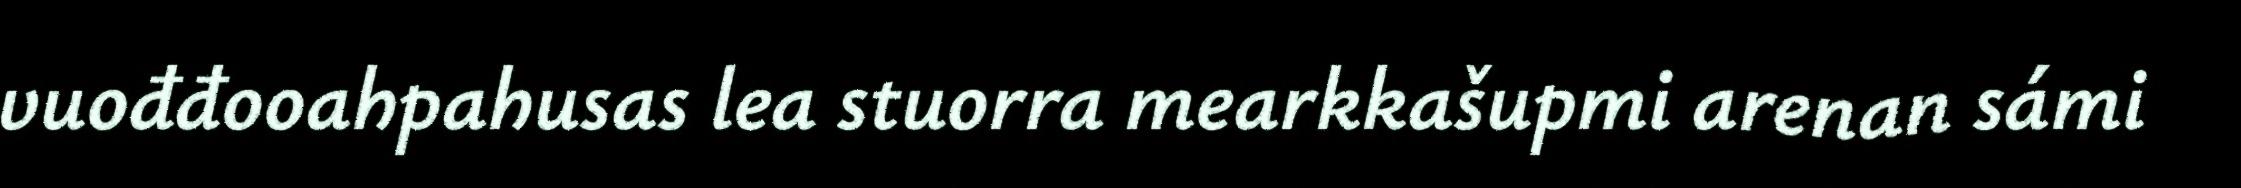
vuođđooahpahusas lea stuorra mearkkašupmi arenan sámi